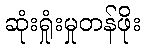
ဆုံးရှုံးမှုတန်ဖိုး